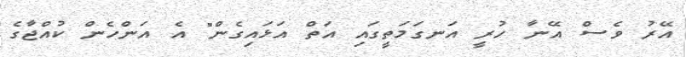
އޭރު ވެސް އޭނާ ހުރީ އަނގަމަތީގައި އަތް އަޅައިގެން" އެ އަންހެން ކުއްޖާގެ